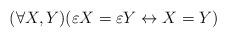
LaTeX: \begin{align*} (\forall X,Y)(\varepsilon X = \varepsilon Y \leftrightarrow X = Y ) \end{align*}